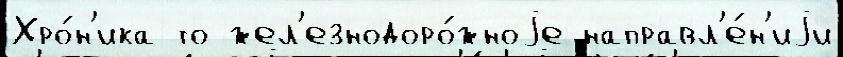
Хро́н'ика то жел'езнодоро́жноjе направл'е́н'иjи